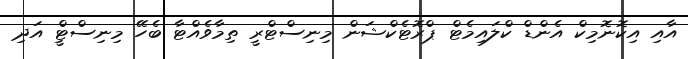
އާއި އިކޮނޮމިކް އެންޑް ކްލައިމެޓް ޕްރޮޓެކްޝަން މިނިސްޓްރީ ތިމާވެއްޓާ ބެހޭ މިނިސްޓްީ އަދި